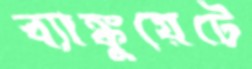
ব্যাঙ্কুয়েটে